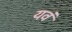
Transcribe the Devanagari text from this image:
यवं